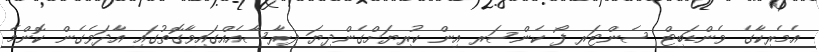
އެމެރިކާގެ ވެންޑަބިޓް ސެންޓަރ ފޯ ކެންސަރ އިން ކުރިޔަށްގެންދިޔަ ދިރާސާއެއްގައިވާގޮތުގައި އާދަވެގެން ކޮންމެ